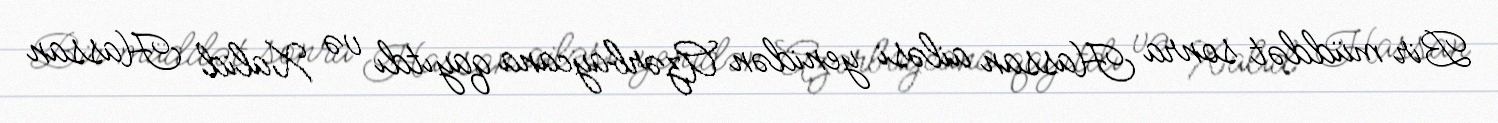
Bir müddət sonra Hassan ailəsi yenidən Azərbaycana qayıtdı və Xalid Hassan